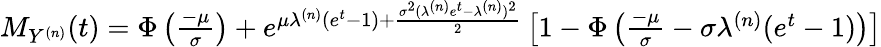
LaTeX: \begin{array}{r}{M_{Y^{(n)}}(t)=\Phi\left(\frac{-\mu}{\sigma}\right)+e^{\mu\lambda^{(n)}(e^{t}-1)+\frac{\sigma^{2}(\lambda^{(n)}e^{t}-\lambda^{(n)})^{2}}{2}}\left[1-\Phi\left(\frac{-\mu}{\sigma}-\sigma\lambda^{(n)}(e^{t}-1)\right)\right]}\end{array}